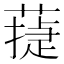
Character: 𦻴